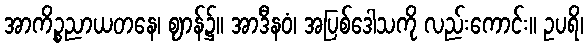
အာကိဉ္စညာယတနေ၊ ဈာန်၌။ အာဒီနဝံ၊ အပြစ်ဒေါသကို လည်းကောင်း။ ဥပရိ၊